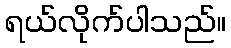
ရယ်လိုက်ပါသည်။